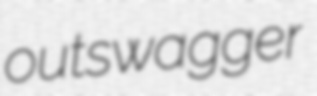
outswagger